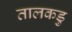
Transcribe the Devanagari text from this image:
तालकडु